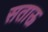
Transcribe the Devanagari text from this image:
सताऊ